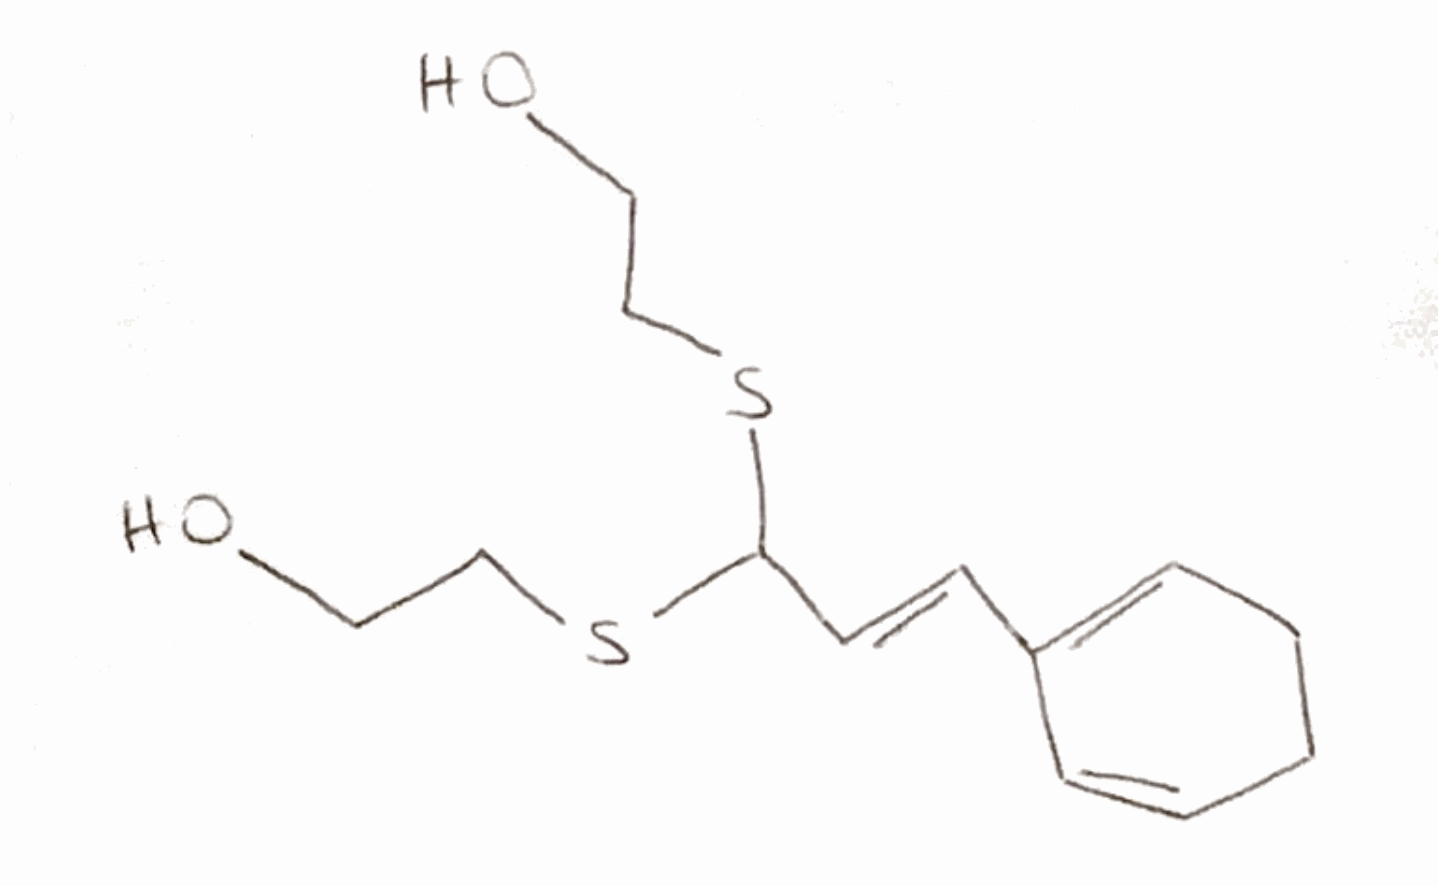
Simplified molecular-input line-entry system (SMILES) notation of the given molecule:
C1CC=C(C=C1)/C=C/C(SCCO)SCCO